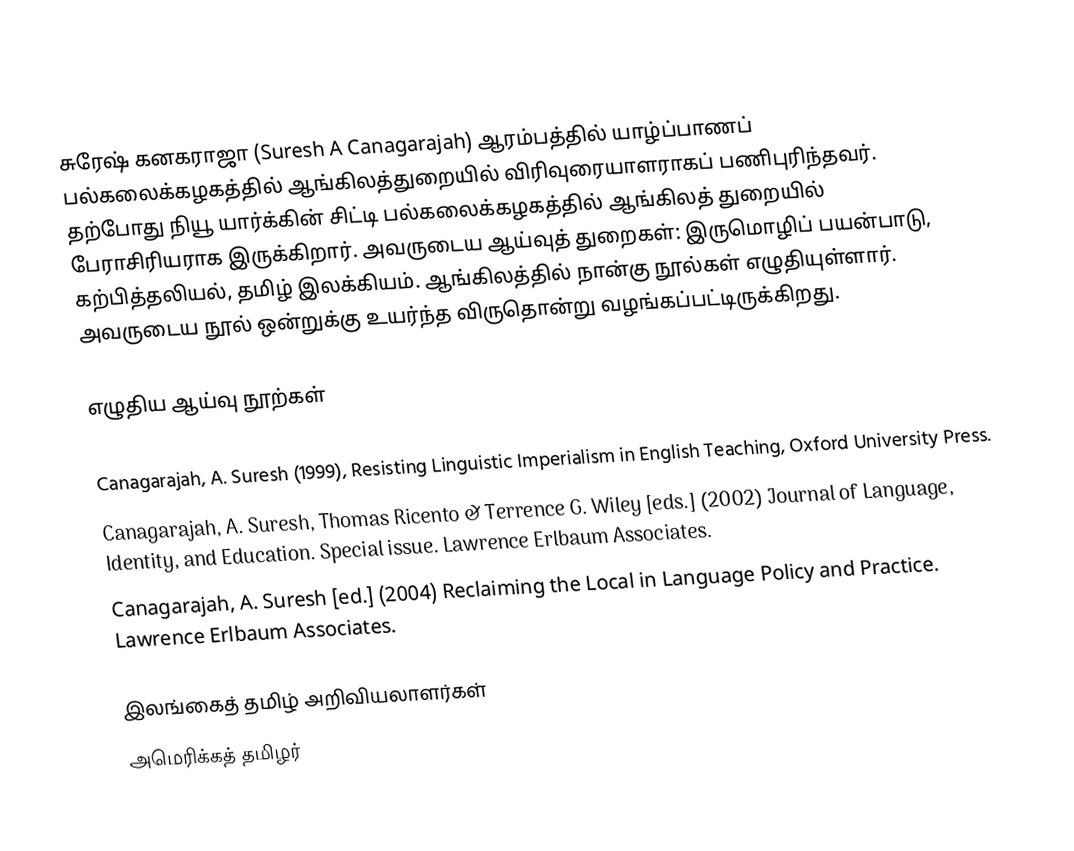
சுரேஷ் கனகராஜா (Suresh A Canagarajah) ஆரம்பத்தில் யாழ்ப்பாணப் பல்கலைக்கழகத்தில் ஆங்கிலத்துறையில் விரிவுரையாளராகப் பணிபுரிந்தவர். தற்போது நியூ யார்க்கின் சிட்டி பல்கலைக்கழகத்தில் ஆங்கிலத் துறையில் பேராசிரியராக இருக்கிறார். அவருடைய ஆய்வுத் துறைகள்: இருமொழிப் பயன்பாடு, கற்பித்தலியல், தமிழ் இலக்கியம். ஆங்கிலத்தில் நான்கு நூல்கள் எழுதியுள்ளார். அவருடைய நூல் ஒன்றுக்கு உயர்ந்த விருதொன்று வழங்கப்பட்டிருக்கிறது.

எழுதிய ஆய்வு நூற்கள்

 Canagarajah, A. Suresh (1999), Resisting Linguistic Imperialism in English Teaching, Oxford University Press.
 Canagarajah, A. Suresh, Thomas Ricento & Terrence G. Wiley [eds.] (2002) Journal of Language, Identity, and Education. Special issue. Lawrence Erlbaum Associates.
 Canagarajah, A. Suresh [ed.] (2004) Reclaiming the Local in Language Policy and Practice. Lawrence Erlbaum Associates.

இலங்கைத் தமிழ் அறிவியலாளர்கள்
அமெரிக்கத் தமிழர்